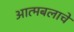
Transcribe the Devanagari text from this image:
आत्मबलाचे